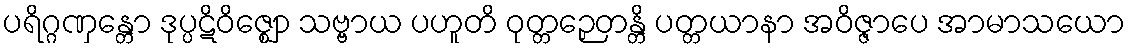
ပရိဂ္ဂဏှန္တော ဒုပ္ပဋိဝိဇ္ဈော သဗ္ဗာယ ပဟူတိ ဝုတ္တဉှေတန္တိ ပတ္တယာနာ အဝိဇ္ဇာပေ အာမာသယော